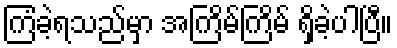
ကြံခဲ့ရသည်မှာ အကြိမ်ကြိမ် ရှိခဲ့ပါပြီ။